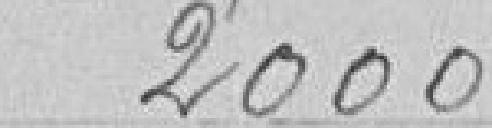
2000